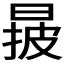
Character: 𣈓